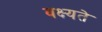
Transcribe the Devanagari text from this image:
वक्ष्यते